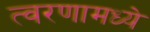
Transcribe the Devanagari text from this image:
त्वरणामध्ये